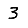
Digit: 3